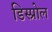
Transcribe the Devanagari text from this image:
डिस्प्रोल